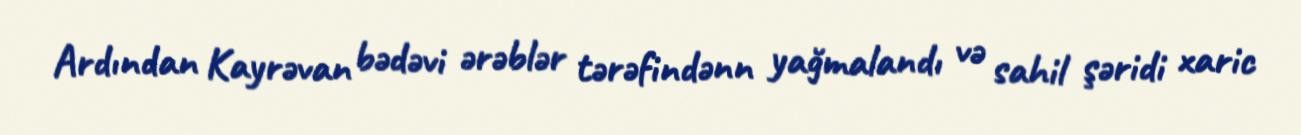
Ardından Kayrəvan bədəvi ərəblər tərəfindənn yağmalandı və sahil şəridi xaric